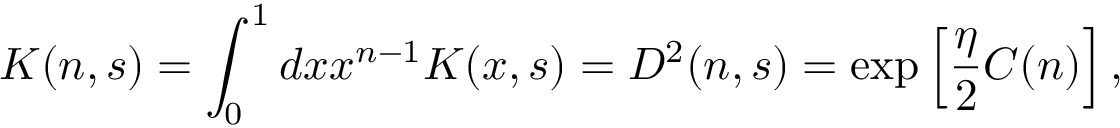
K ( n , s ) = \int _ { 0 } ^ { 1 } d x x ^ { n - 1 } K ( x , s ) = D ^ { 2 } ( n , s ) = \exp \left[ { \frac { \eta } { 2 } } C ( n ) \right] ,